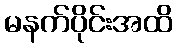
မနက်ပိုင်းအထိ